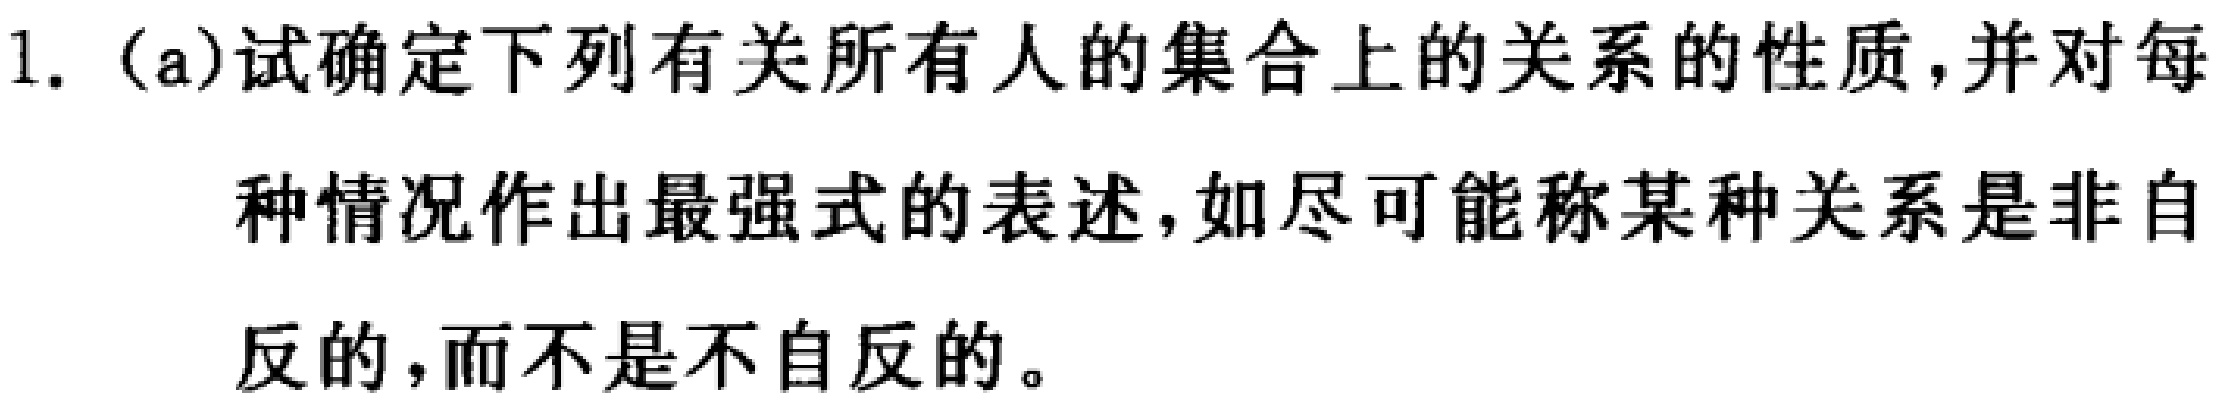
1. (a)试确定下列有关所有人的集合上的关系的性质,并对每种情况作出最强式的表述,如尽可能称某种关系是非自反的,而不是不自反的。